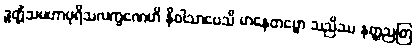
ဒွတ္တိံသမဟာပုရိသလက္ခဏေဟိ နိဝါသာပေသိ မာနေတဗ္ဗော သညိဿ နတ္ထညတြ